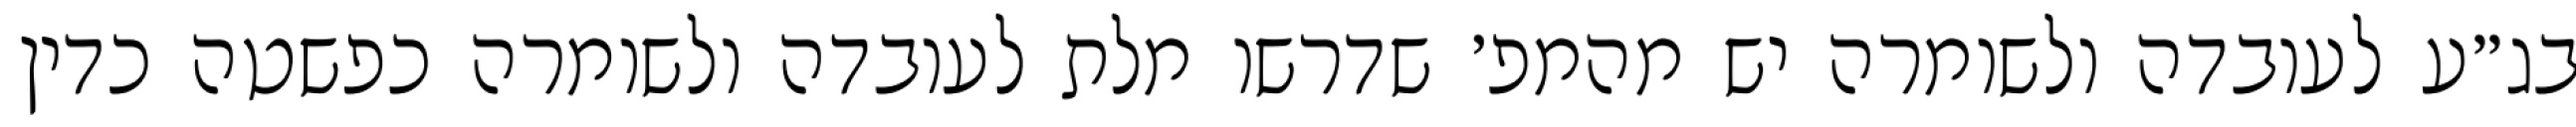
בג״ע לעובדה ולשומרה יש מהמפ׳ שדרשו מלת לעובדה ולשומרה כפשטה כדין